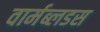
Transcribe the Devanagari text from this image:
वार्मब्लडस